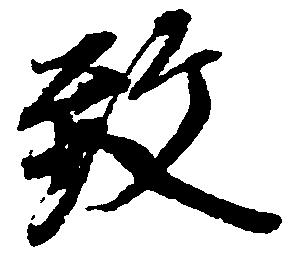
致